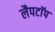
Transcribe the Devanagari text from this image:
लैपटाॅप